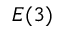
E ( 3 )